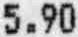
5.90